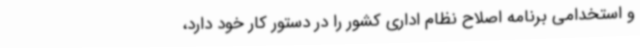
و استخدامی برنامه اصلاح نظام اداری کشور را در دستور کار خود دارد،